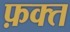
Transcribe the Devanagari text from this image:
फ़क्‍त